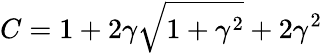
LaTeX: C=1+2\gamma\sqrt{1+\gamma^{2}}+2\gamma^{2}